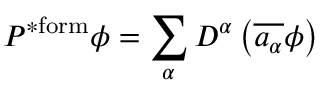
P ^ { \mathrm { * f o r m } } \phi = \sum _ { \alpha } D ^ { \alpha } \left( { \overline { { a _ { \alpha } } } } \phi \right)